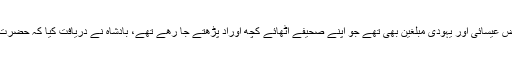
بادشاہ وقت کے علاوہ ہر قسم کے لوگ جنازے میں شامل تھے یہاں تک کہ بعض عیسائی اور یہودی مبلغین بھی تھے جو اپنے صحیفے اٹھائے کچھ اوراد پڑھتے جا رھے تھے، بادشاہ نے دریافت کیا کہ حضرت رومی سے تمھیں کیا نسبت ھے تو انہوں نے کہا وہ ہمارے بھی محبوب تھے۔